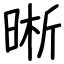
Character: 晰